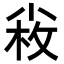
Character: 𡮋